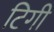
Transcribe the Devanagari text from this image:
टिगी